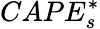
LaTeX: CAPE_{s}^{*}